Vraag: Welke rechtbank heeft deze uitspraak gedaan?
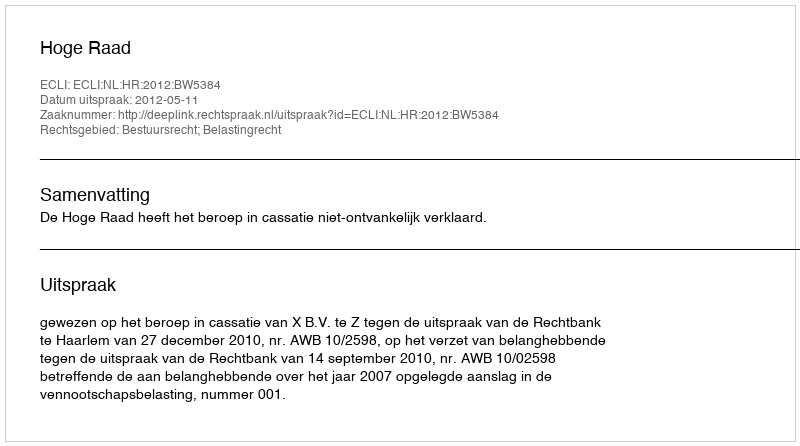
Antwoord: Hoge Raad